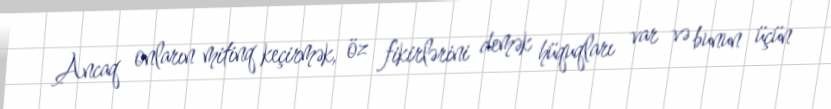
Ancaq onların mitinq keçirmək, öz fikirlərini demək hüquqları var və bunun üçün